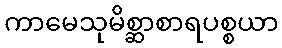
ကာမေသုမိစ္ဆာစာရပစ္စယာ